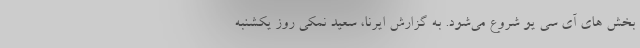
بخش های آی سی یو شروع می‌شود. به گزارش ایرنا، سعید نمکی روز یکشنبه